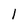
Character: l